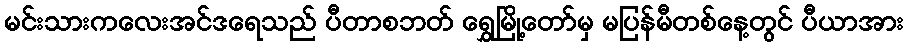
မင်းသားကလေးအင်ဒရေသည် ပီတာစဘတ် ရွှေမြို့တော်မှ မပြန်မီတစ်နေ့တွင် ပီယာအား